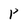
Character: p